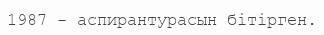
1987 - аспирантурасын бітірген.